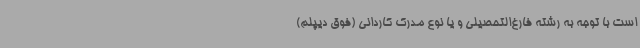
است با توجه به رشته فارغ‌التحصیلی و یا نوع مدرک کاردانی (فوق دیپلم)